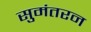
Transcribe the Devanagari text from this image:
सुमंतरन